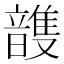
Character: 𮧽